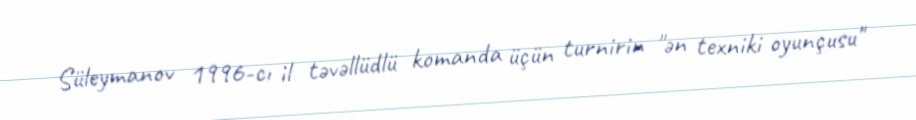
Süleymanov 1996-cı il təvəllüdlü komanda üçün turnirin "ən texniki oyunçusu"